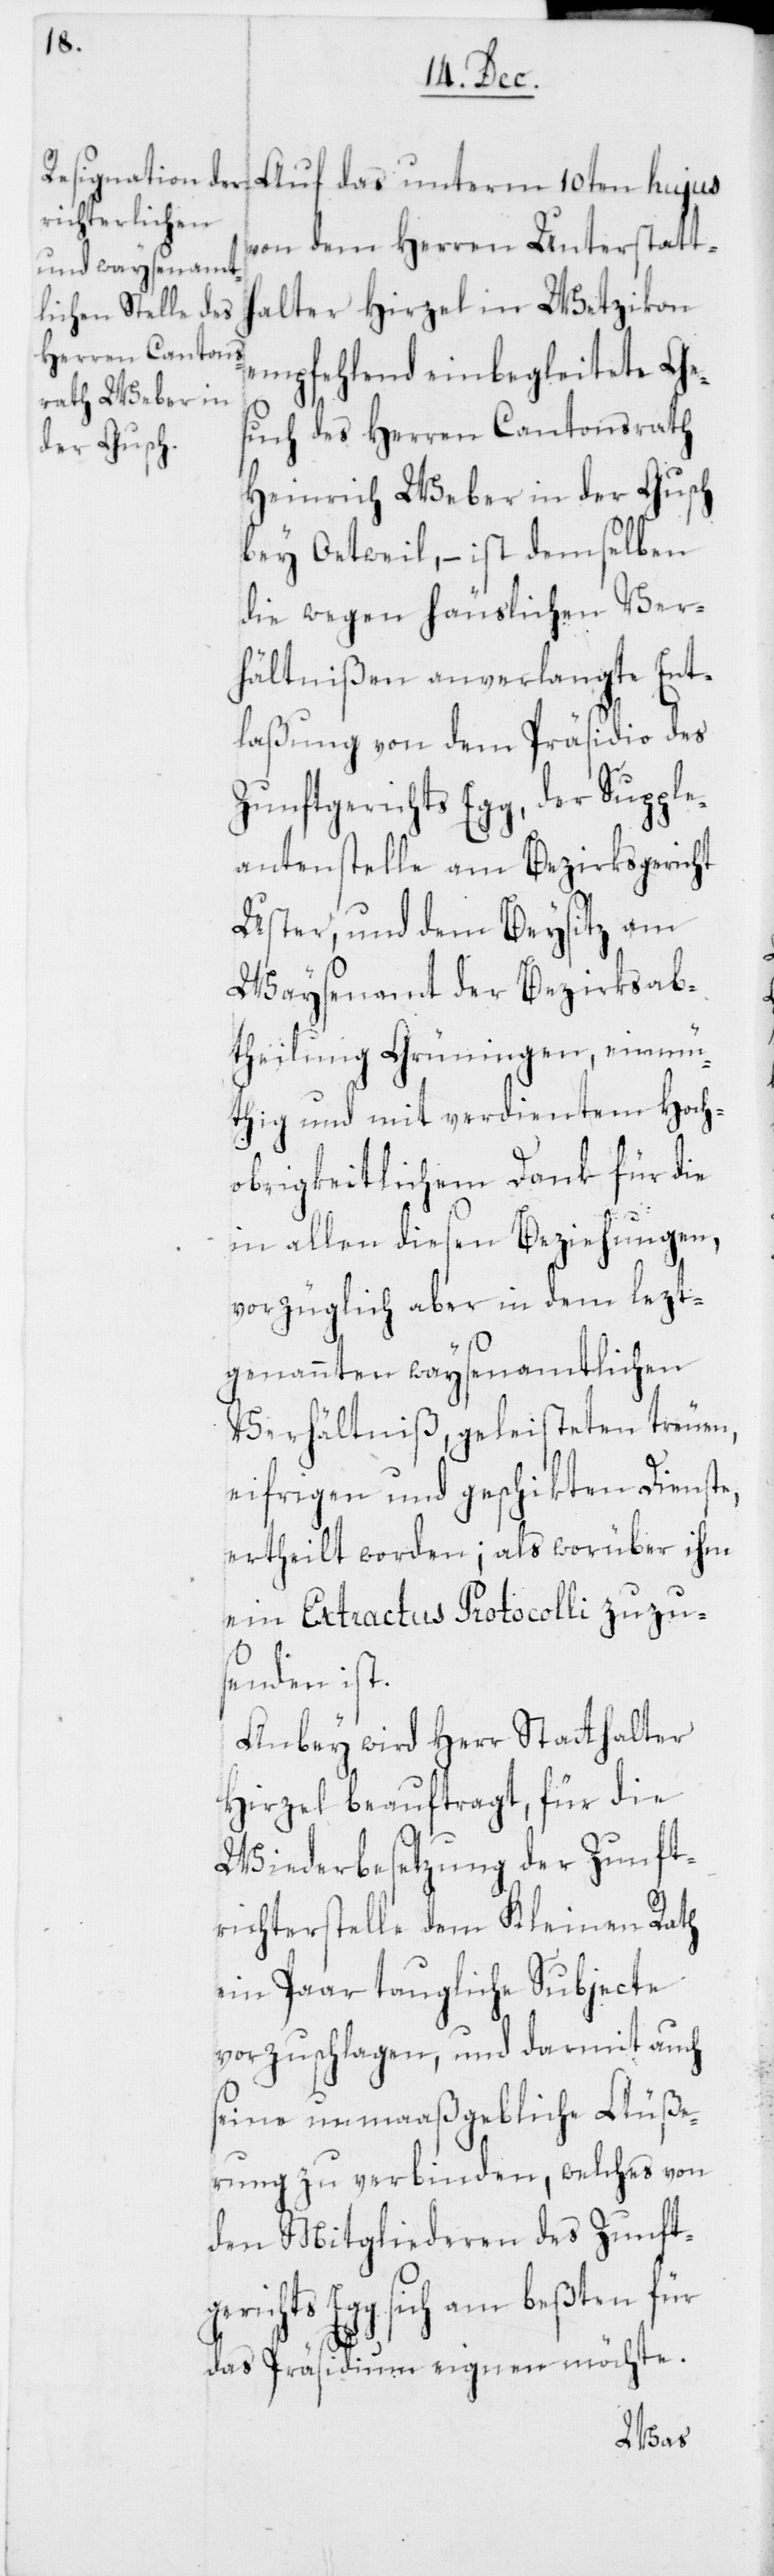
von dem Herren Unterstatt¬
halter Hirzel in Wetzikon
empfehlend einbegleitete Ges¬
uch des Herren Cantonsrath
Heinrich Weber in der Gusch
bey Oetweil, – ist demselben
die wegen häuslichen Ver¬
hältnißen anverlangte Ent¬
laßung von dem Präsidio des
Zunftgerichts Egg, der Supple¬
antenstelle am Bezirksgericht
Uster, und dem Beysitz am
Waysenamt der Bezirksab¬
theilung Grüningen, einmü¬
thig und mit verdientem Hoch¬
obrigkeitlichem Dank für die
in allen diesen Beziehungen,
vorzüglich aber in dem lezt¬
genannten waysenamtlichen
Verhältniß, geleisteten treuen,
eifrigen und geschikten Dienste,
ertheilt worden; als worüber ihm
ein Extractus Protocolli zuzu¬
senden ist.
Anbey wird Herr Statthalter
Hirzel beauftragt, für die
Wiederbesetzung der Zunft¬
richterstelle dem Kleinen Rath
ein Paar taugliche Subjecte
vorzuschlagen, und darmit auch
seine unmaaßgebliche Äuße¬
rung zu verbinden, welches von
den Mitgliederen des Zunftg¬
erichts Egg sich am beßten für
das Präsidium eignen möchte.
das